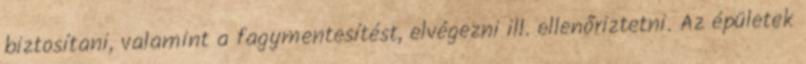
biztosítani, valamint a fagymentesítést, elvégezni ill. ellenőriztetni. Az épületek